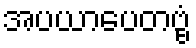
အပယာပေတဗ္ဗံ